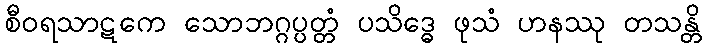
စီဝရသာဋကေ သောဘဂ္ဂပ္ပတ္တံ ပသိဒ္ဓေ ဖုသံ ဟနဿု တသန္တိ